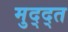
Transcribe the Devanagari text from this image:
मुद्द्त